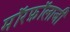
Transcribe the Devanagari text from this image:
मॉरफ़ॉलाजी